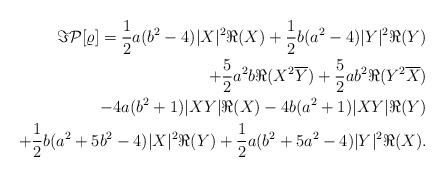
LaTeX: \begin{align*}\Im \mathcal{P}[\varrho ]=\frac{1}{2} a(b^2-4) |X|^2 \Re(X) + \frac{1}{2} b(a^2-4) |Y|^2 \Re(Y) \\+ \frac{5}{2} a^2 b \Re(X^2 \overline{Y}) + \frac{5}{2} a b^2 \Re(Y^2 \overline{X}) \\ - 4a (b^2 + 1) |XY| \Re(X) - 4b (a^2+1) |XY| \Re(Y) \\ + \frac{1}{2}b(a^2 + 5b^2 -4) |X|^2 \Re(Y) + \frac{1}{2}a(b^2 + 5a^2 -4) |Y|^2 \Re(X) .\end{align*}